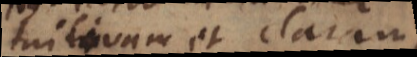
intuitivam et claram